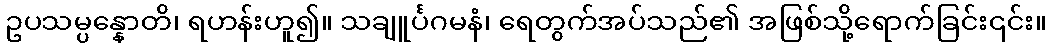
ဥပသမ္ပန္နောတိ၊ ရဟန်းဟူ၍။ သချူင်္ပဂမနံ၊ ရေတွက်အပ်သည်၏ အဖြစ်သို့ရောက်ခြင်း၎င်း။